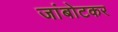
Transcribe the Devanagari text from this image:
जांबोटकर